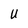
Character: U